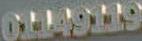
01149119